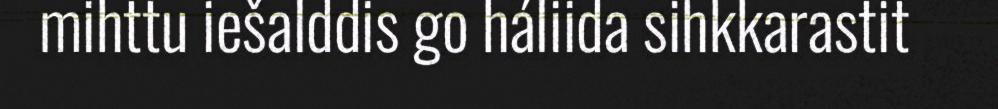
mihttu iešalddis go háliida sihkkarastit